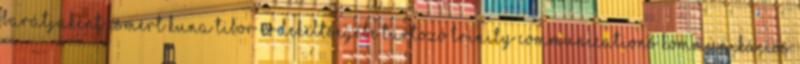
barátjaként ismert Kuna Tibor érdekeltségébe tartozó Trinity Communications kommunikációs